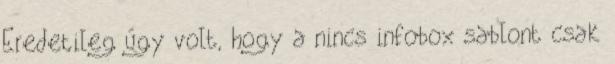
Eredetileg úgy volt, hogy a nincs infobox sablont csak